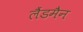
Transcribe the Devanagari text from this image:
लैंडमैन